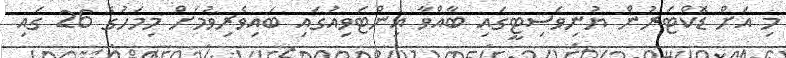
މި އަށް ޑޮކްޓަރުން ޔުނިވަސިޓީގައި ބާއްވާ އިންޓަވިއުގައި ބައިވެރިވުމަށް މިމަހުގެ 26 ގައި